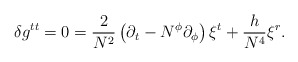
\begin{align*}\delta g^{tt} = 0= {2\over N^2}\left( \partial_t - N^\phi\partial_\phi\right)\xi^t+ {h\over N^4}\xi^r .\end{align*}